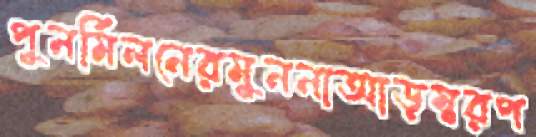
পুনর্মিলনেরমুননাআড়ম্বরপ